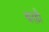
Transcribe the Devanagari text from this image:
बरड़ी